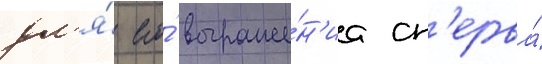
дл'я́ его́ выраже́н'иа сп'ерва́